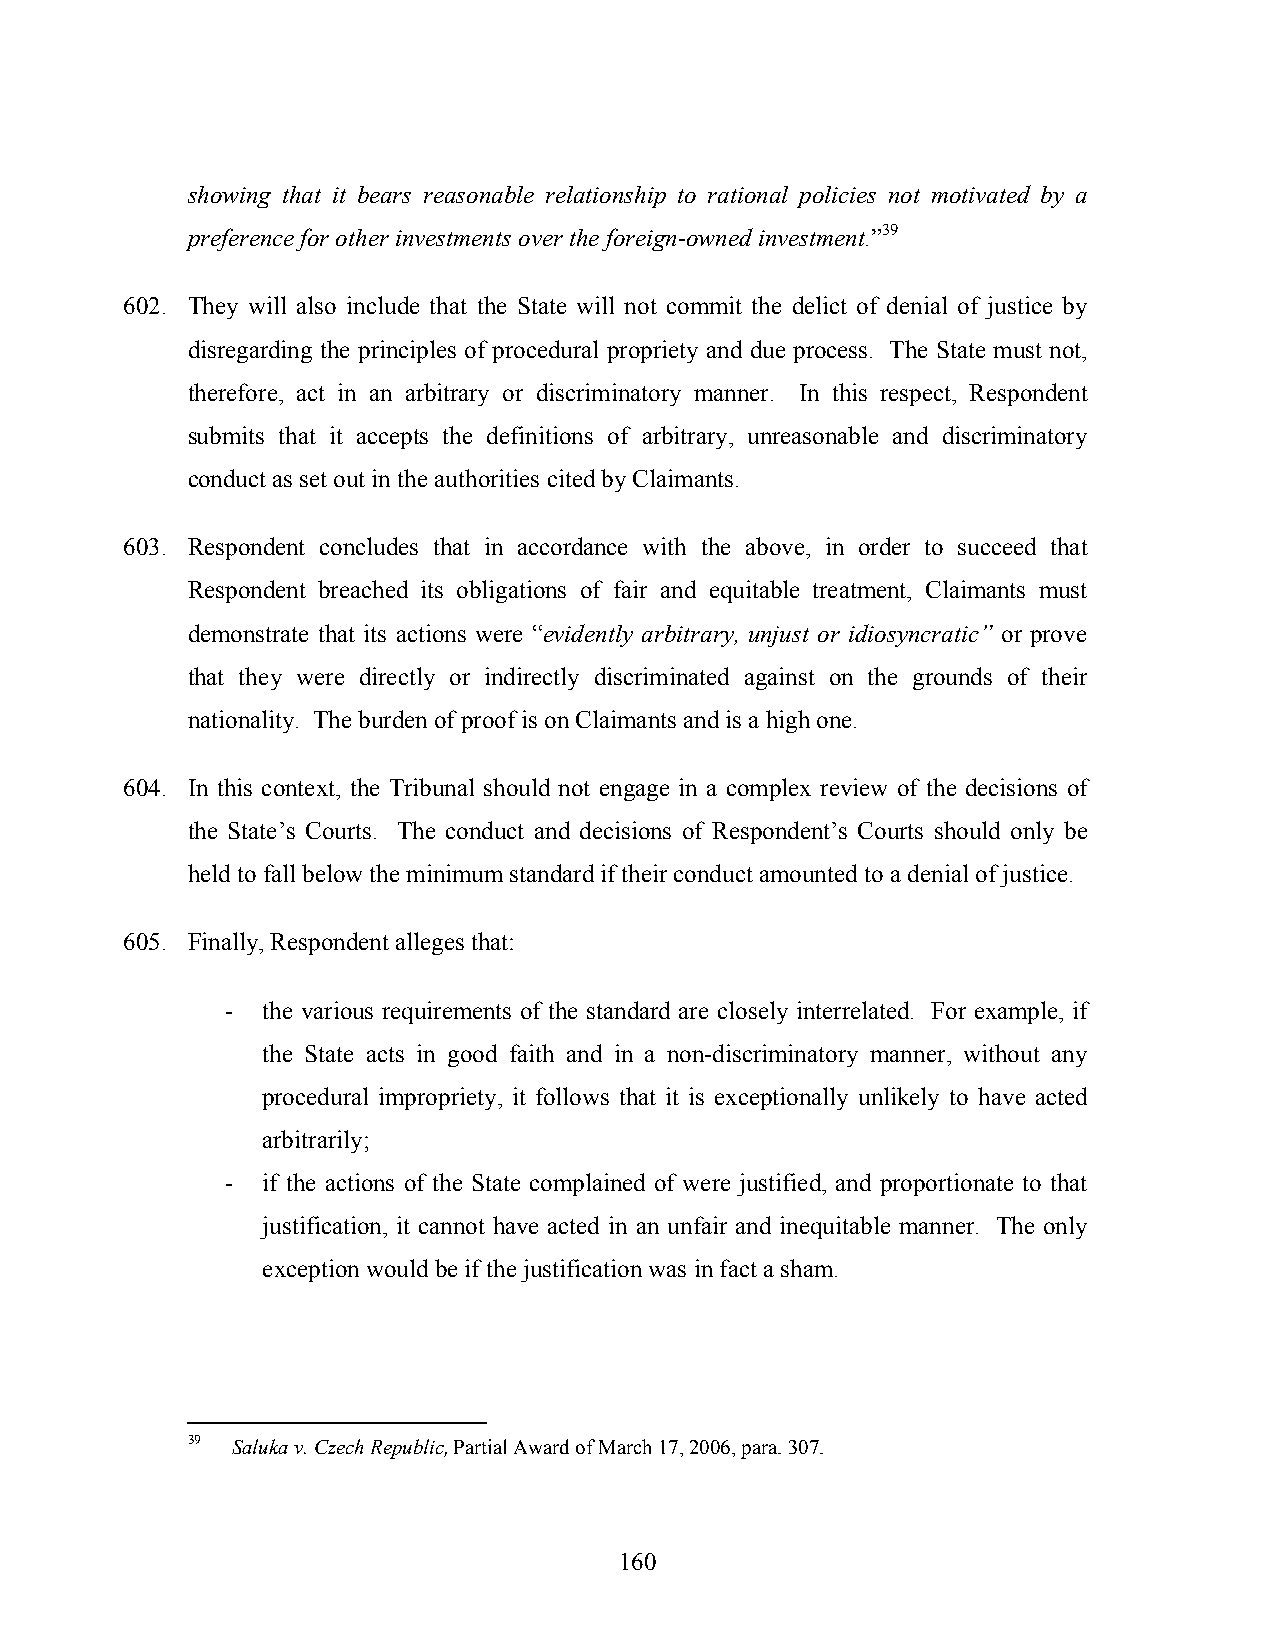
showing that it bears reasonable relationship to rational policies not motivated by a
 preference for other investments over the foreign-owned investment.”39
 602. They will also include that the State will not commit the delict of denial of justice by
 disregarding the principles of procedural propriety and due process. The State must not,
 therefore, act in an arbitrary or discriminatory manner. In this respect, Respondent
 submits that it accepts the definitions of arbitrary, unreasonable and discriminatory
 conduct as set out in the authorities cited by Claimants.
 603. Respondent concludes that in accordance with the above, in order to succeed that
 Respondent breached its obligations of fair and equitable treatment, Claimants must
 demonstrate that its actions were “evidently arbitrary, unjust or idiosyncratic” or prove
 that they were directly or indirectly discriminated against on the grounds of their
 nationality. The burden of proof is on Claimants and is a high one.
 604. In this context, the Tribunal should not engage in a complex review of the decisions of
 the State’s Courts. The conduct and decisions of Respondent’s Courts should only be
 held to fall below the minimum standard if their conduct amounted to a denial of justice.
 605. Finally, Respondent alleges that:
 - the various requirements of the standard are closely interrelated. For example, if
 the State acts in good faith and in a non-discriminatory manner, without any
 procedural impropriety, it follows that it is exceptionally unlikely to have acted
 arbitrarily;
 - if the actions of the State complained of were justified, and proportionate to that
 justification, it cannot have acted in an unfair and inequitable manner. The only
 exception would be if the justification was in fact a sham.
 39 Saluka v. Czech Republic, Partial Award of March 17, 2006, para. 307.
 160